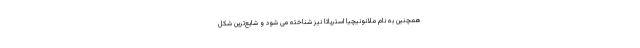
همچنین به نام ملانونیچیا استریاتا نیز شناخته می شود و شایع‌ترین شکل